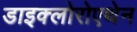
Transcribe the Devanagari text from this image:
डाइक्लोरोएथेन